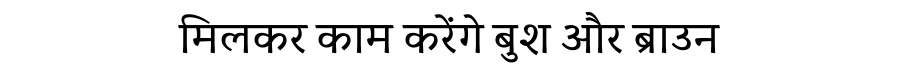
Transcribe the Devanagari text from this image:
मिलकर काम करेंगे बुश और ब्राउन